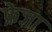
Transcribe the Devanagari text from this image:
फ्रेजा